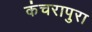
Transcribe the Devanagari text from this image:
कंचरापुरा